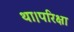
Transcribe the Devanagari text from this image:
था।परिक्षा